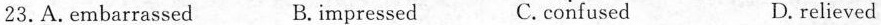
23.A. embarrassed B. impressed C. confused D relieved